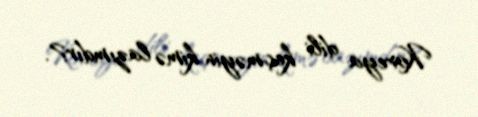
Koreya dili keçməyin kimə lazımdır?.